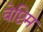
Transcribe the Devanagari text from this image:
वेष्टिम